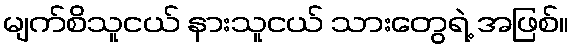
မျက်စိသူငယ် နားသူငယ် သားတွေရဲ့ အဖြစ်။